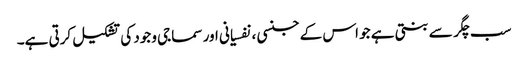
سب چگر سے بنتی ہے جو اس کے جنسی ، نفسیانی اور سماجی وجود کی تشکیل کرتی ہے۔